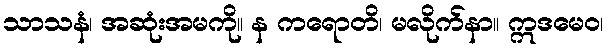
သာသနံ၊ အဆုံးအမကို။ န ကရောတိ၊ မလိုက်နာ။ ဣဒမေဝ၊